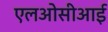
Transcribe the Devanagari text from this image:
एलओसीआई